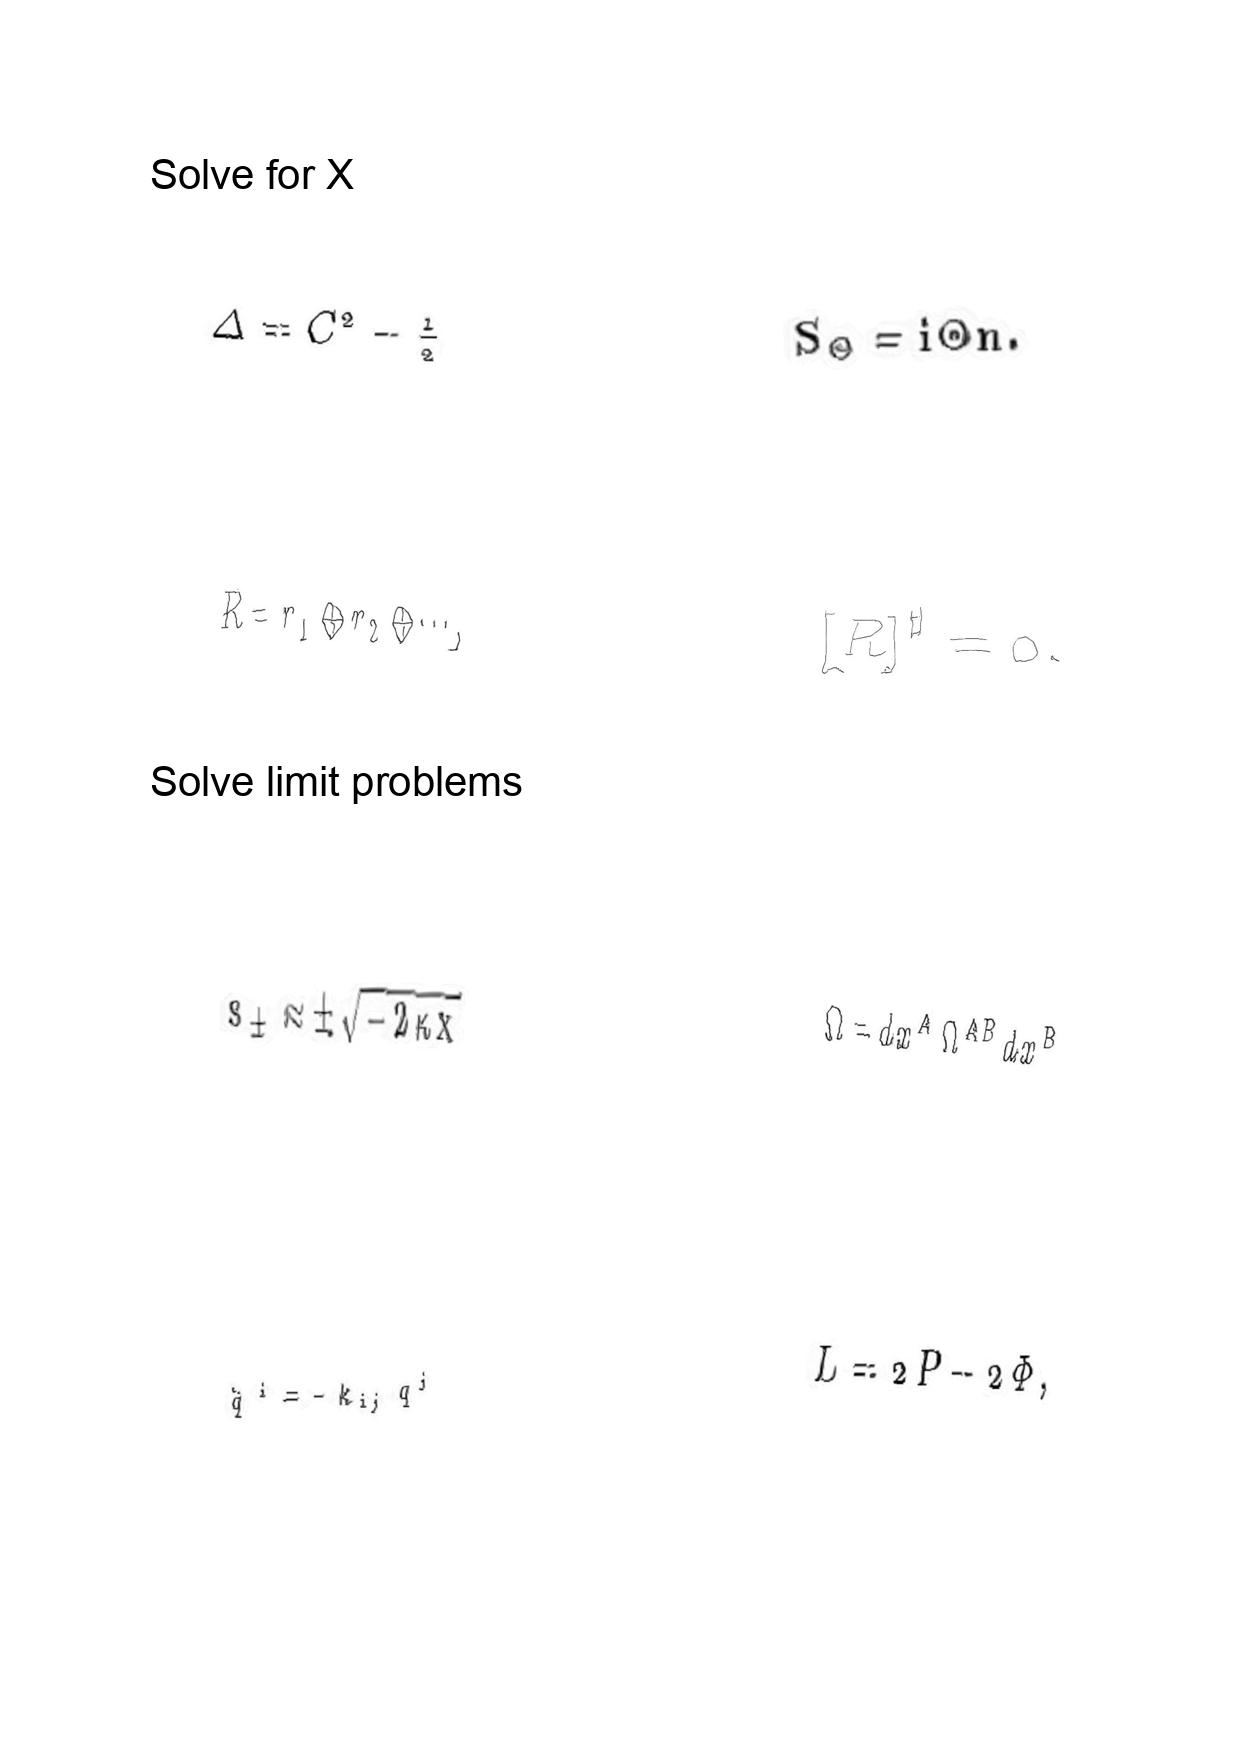
LaTeX transcription:
\Delta = C ^ { 2 } - \frac { 1 } { 2 }
R = r _ { 1 } \oplus r _ { 2 } \oplus \@cdots ,
s _ { \pm } \approx \pm \sqrt { - 2 \kappa x }
\ddot { q } ^ { i } = - k _ { i j } q ^ { j }
S _ { \Theta } = i \Theta n .
\lbrack R \rbrack ^ { \sharp } = 0 .
\Omega = d x ^ { A } \Omega ^ { A B } d x ^ { B }
L = 2 P - 2 \Phi ,